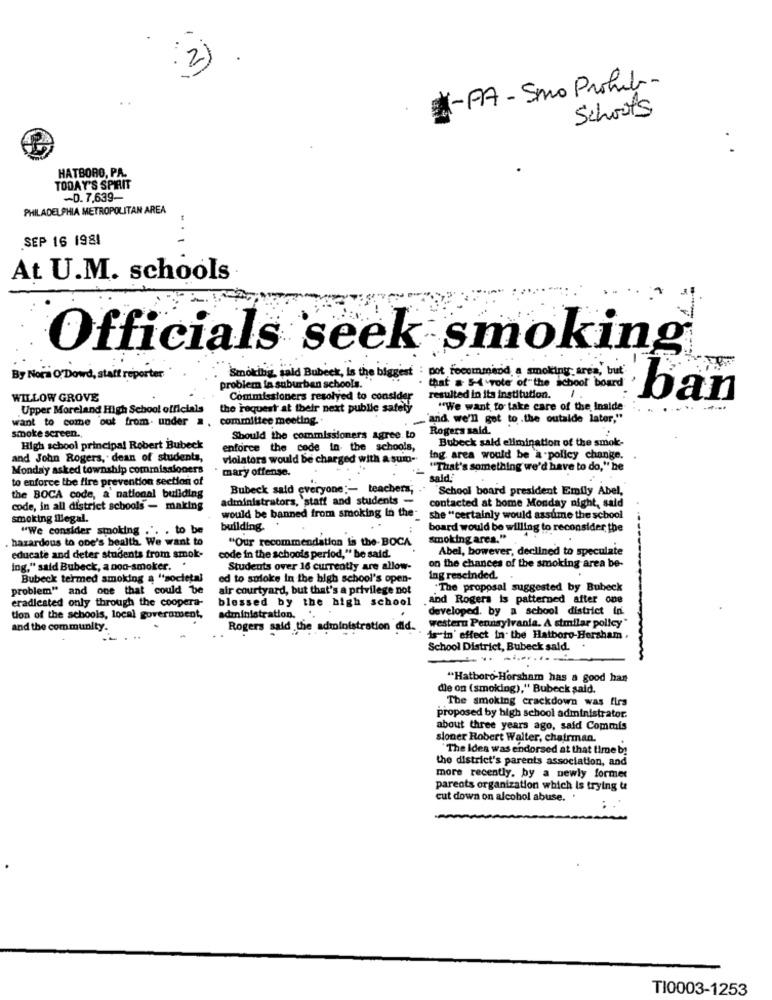
2
-PA - Smo Prohib-
Schools
.
HATBORO, PA.
TODAY'S SPIRIT
-0.7.639-
PHILADELPHIA METROPOLITAN AREA
SEP 16 1981
At U.M. schools
Officials seek smoking
Smoking, sald Bubeck, Is the biggest : not recommend a smoking area,' but
By Nora O' Dowd, statt reporter
problem fa suburban schools. .
that & 5-4 role of the school board
WILLOW GROVE
Commissioners resolyed to consider
resulted in its institution.
ban
Upper Moreland High School officials
the request at their next public safety
"We want to take care of the Inside
want to come out from. under .
committee meeting.
"and we'll got to .the outside later,"
Rogers said.
smoke screen ..
Should the commissioners agree to
Bubeck sald elimination of the smok-
High school principal Robert Bubeck
enforce the code in the schools,
and John Rogers, dean of students,
violators would be charged with a sum-
Ing area would be a policy change.
Monday asked township commissioners
mary offense.
"That's something we'd have to do," he
to enforce the fire prevention section of
"sald
Bubeck said everyone ;- teachers;
School board president Emily Abel,
the BOCA code, a national building
administrators, 'staff and students -
contacted at home Monday night, said
code, in all district schools - making
would be banned from smoking in the-
smoking illegal.
she "certainly would assume the school
"We consider smoking .". . to be
building.
board would be willing to reconsider the
. hazardous to one's health. We want to
"Our recommendation is the- BOCA
smokingarea."
Abel, bowever, declined to speculate
educate and deter students from smok-
code in the schools period," be said.
ing," said Bubeck, a non-smoker. .
Students over 16 currently are allow-
on the chances of the smoking area be-
Bubeck termed smoking a "societal
ed to soloke in the high school's open-
ing rescinded.
problem" and one that could be
air courtyard, but that's a privilege not
"The proposal suggested by Bubeck
eradiested only through the coopera-
blessed by the high school
.and Rogers is patterned after one
developed. by a school district in.
tion of the schools, local government,
administration. ..
western Pennsylvania. A similar policy"
and the community.
Rogers said the administration did.
is"in' effect in the Hatboro-Horsham .
School District, Bubeck sald.
"Hatboro-Horsham has a good han
die on (smoking)," Bubeck said.
The smoking crackdown was firs
proposed by high school administrator.
about three years ago, said Commis
sioner Robert Walter, chairman.
"The Ides was endorsed at that time by
the district's parents association, and
more recently, by a newly former
parents organization which is trying to
cut down on alcohol abuse. .
TI0003-1253